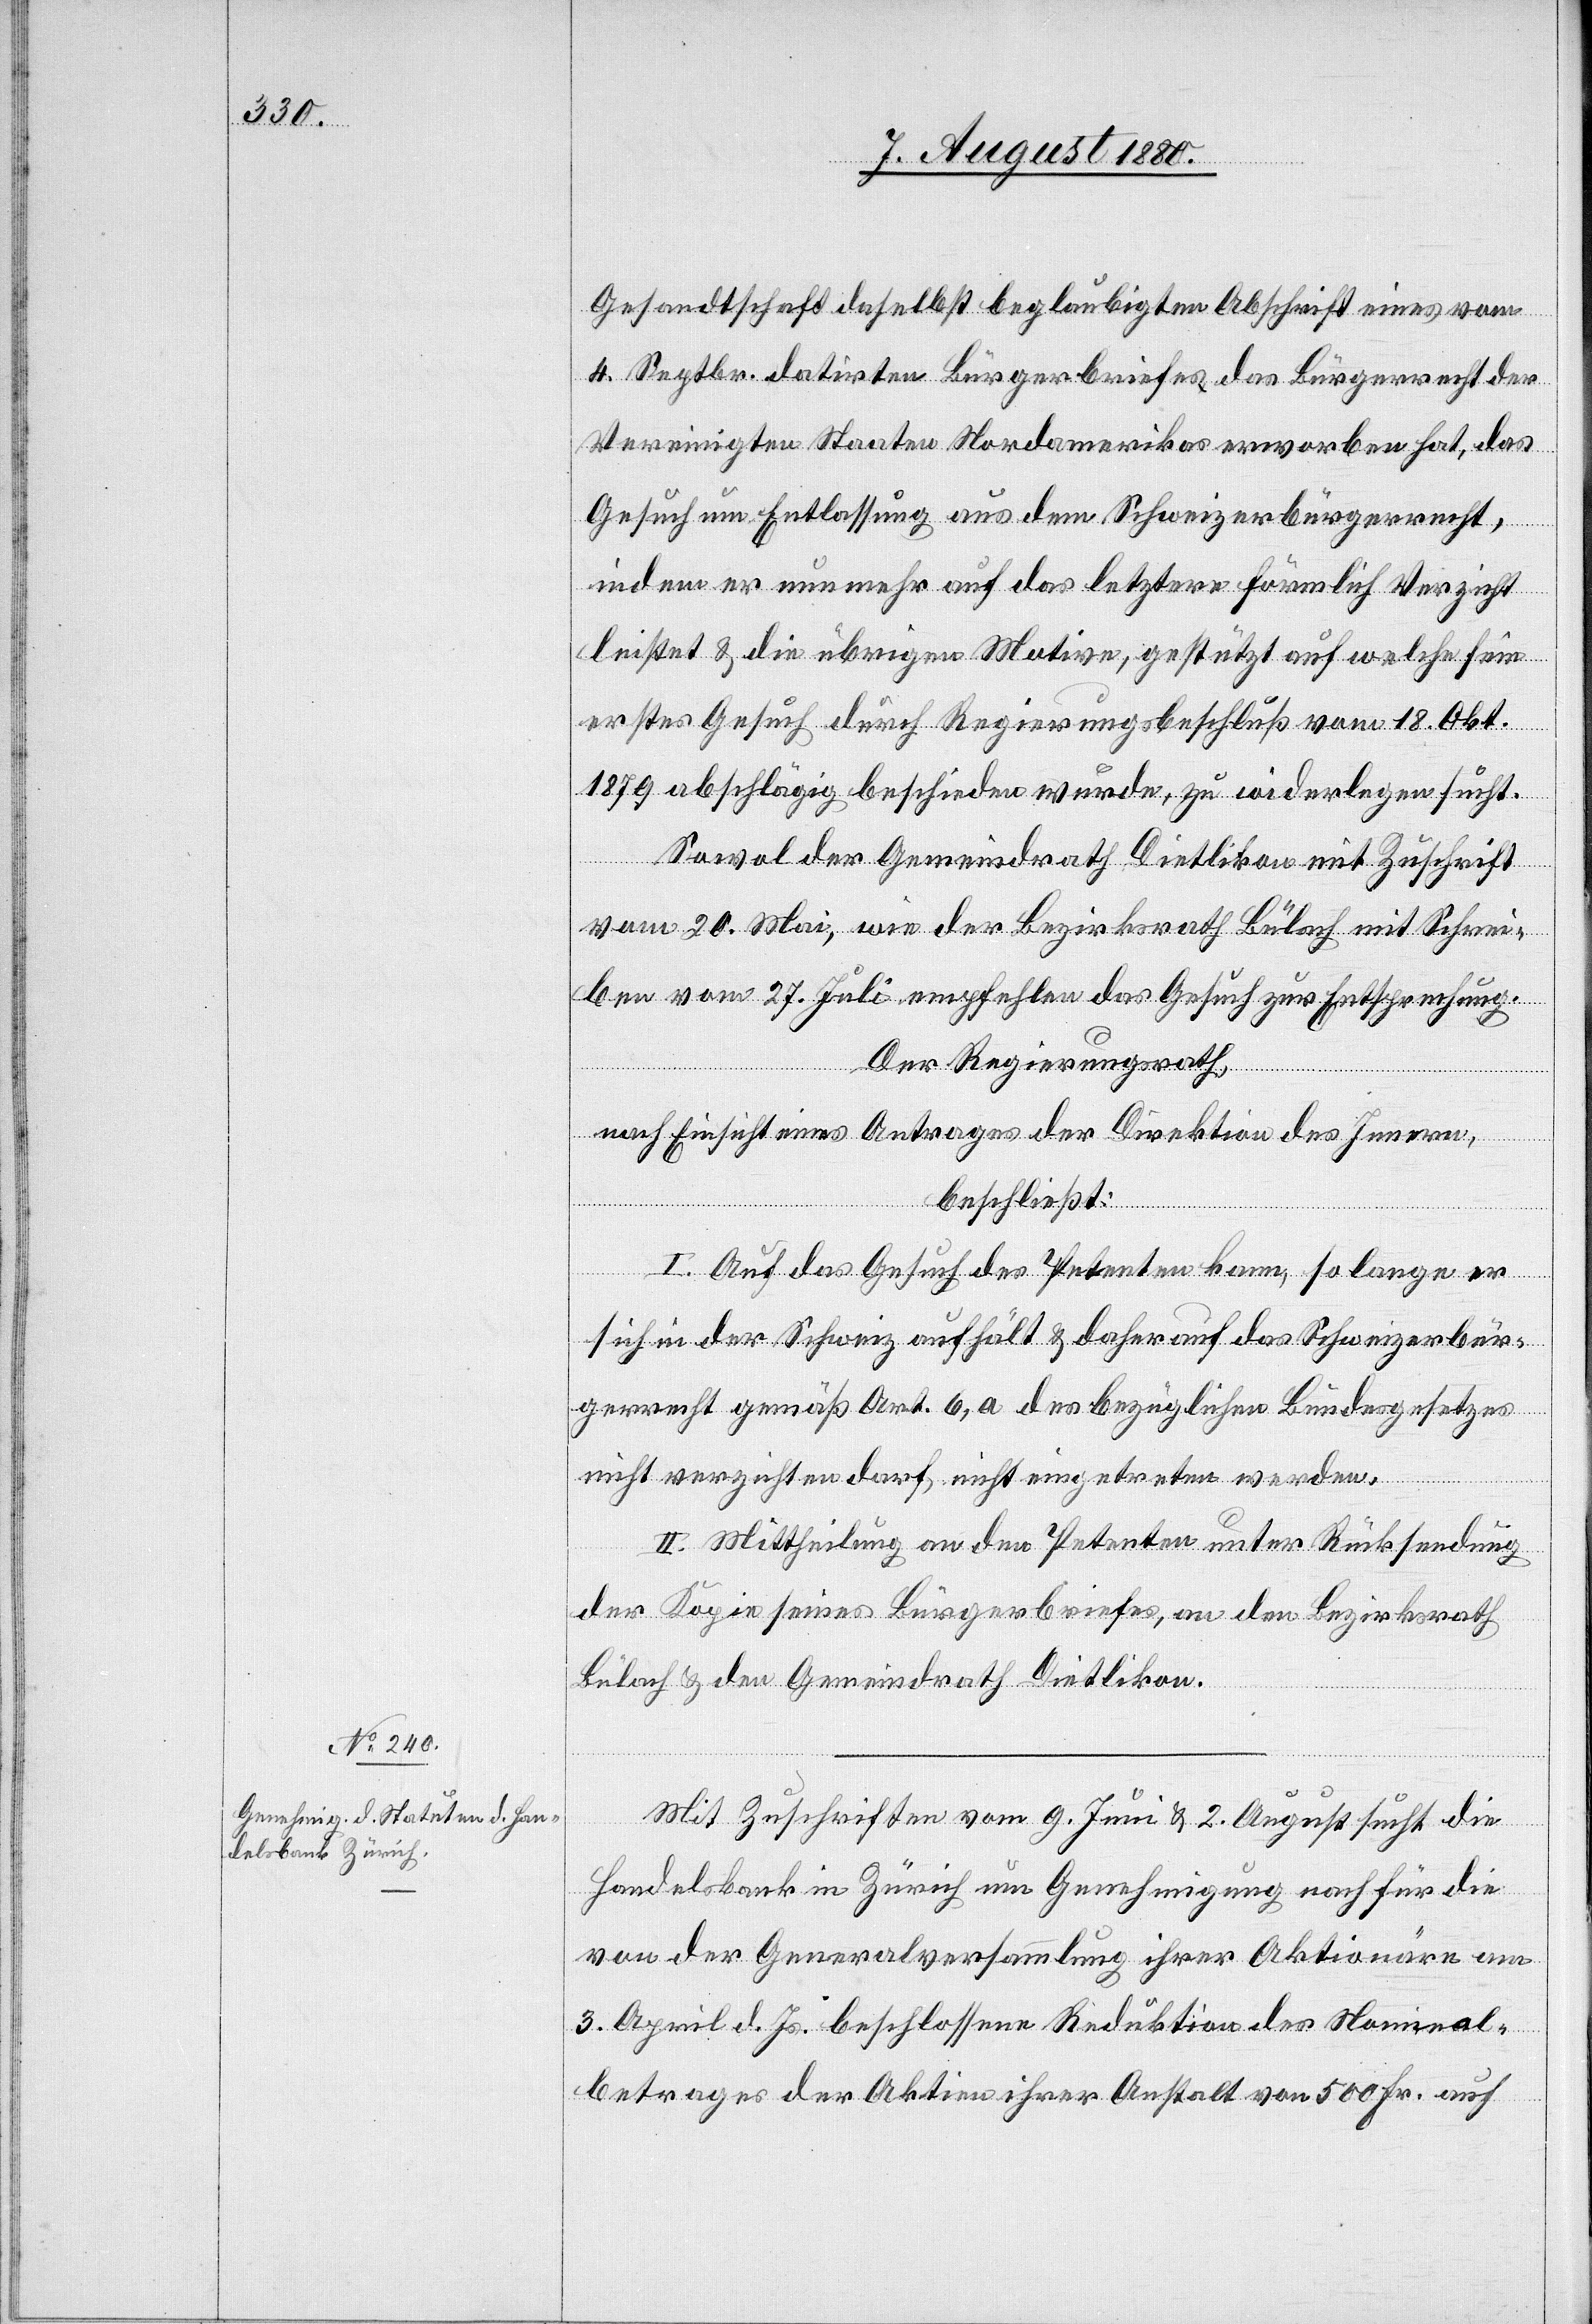
Gesandtschaft daselbst beglaubigten Abschrift eines vom
4. Septbr. datirten Bürgerbriefes erworben hat, das
Gesuch um Entlassung aus dem Schweizerbürgerrecht,
indem er nun mehr auf das letztere förmlich Verzicht
leistet & die übrigen Motive, gestützt auf welche sein
erstes Gesuch durch Regierungsbeschluß vom 18. Okt.
1879 abschlägig beschieden wurde, zu widerlegen sucht.
Sowol der Gemeindrath Dietlikon mit Zuschrift
vom 20. Mai, wie der Bezirksrath Bülach mit Schrei¬
ben vom 27. Juli empfehlen das Gesuch zur Entsprechung.
Der Regierungsrath,
nach Einsicht eines Antrages der Direktion des Innern,
beschließt:
I. Auf das Gesuch des Petenten kann, so lange er
sich in er Schweiz aufhält & daher auf das Schweizerbür¬
gerrecht gemäß Art. 6, a des bezüglichen Bundesgesetzes
nicht verzichten darf, nicht eingetreten werden.
II. Mittheilung an den Petenten unter Rücksendung
der Kopie seines Bürgerbriefes, an den Bezirksrath
Bülach & den Gemeindrath Dietlikon.
Mit Zuschrift vom 9. Juni & 2. August sucht die
Handelsbank in Zürich um Genehmigung nach für die
von der Generalversammlung ihrer Aktionäre am
3. April d. Js. beschlossene Reduktion des Nominal¬
betrages der Aktien ihrer Anstalt von 500 Fr. auf